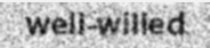
well-willed